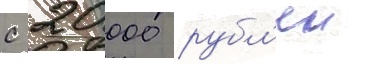
с 20 000 рубл'еи